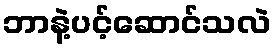
ဘာနဲ့ပင့်ဆောင်သလဲ